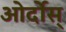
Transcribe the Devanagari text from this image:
ओर्दोस्